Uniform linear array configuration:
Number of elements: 24
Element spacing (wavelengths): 0.5
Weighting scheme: cosine
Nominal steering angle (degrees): -60
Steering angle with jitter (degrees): -58.339
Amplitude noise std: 0.05
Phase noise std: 0.05

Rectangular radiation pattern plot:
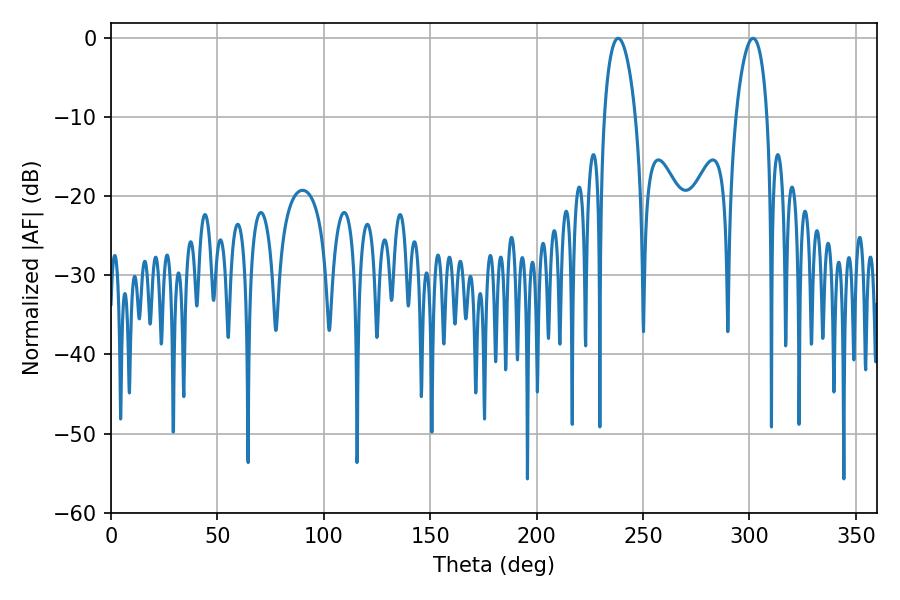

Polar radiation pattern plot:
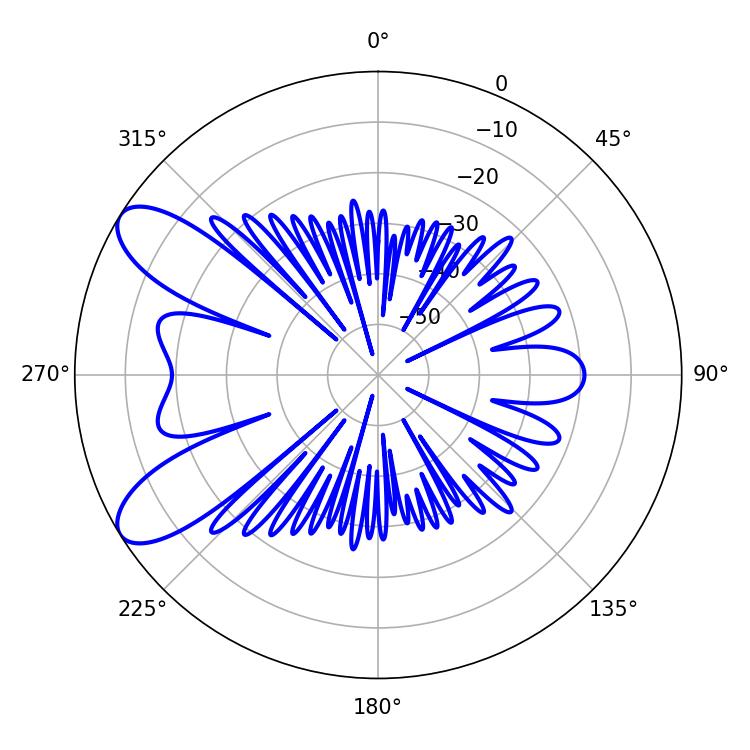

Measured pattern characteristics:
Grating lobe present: FALSE
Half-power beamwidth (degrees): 8.46
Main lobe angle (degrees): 301.68